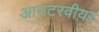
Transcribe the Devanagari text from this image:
आउटरवीयर